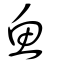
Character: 魚